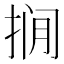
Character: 𪭾